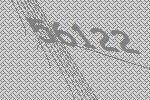
56122